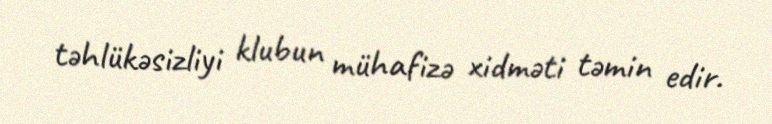
təhlükəsizliyi klubun mühafizə xidməti təmin edir.